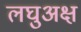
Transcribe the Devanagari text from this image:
लघुअक्ष